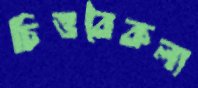
চিত্তবৈকল্য